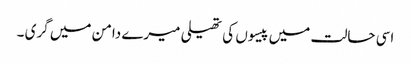
اسی حالت میں پیسوں کی تھیلی میرے دامن میں گری ۔